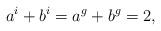
LaTeX: \begin{align*}a^i+b^i=a^g+b^g = 2,\end{align*}